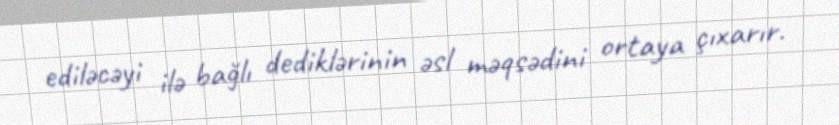
ediləcəyi ilə bağlı dediklərinin əsl məqsədini ortaya çıxarır.